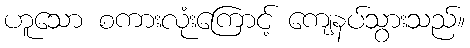
ဟူသော စကားလုံးကြောင့် ကျေနပ်သွားသည်။